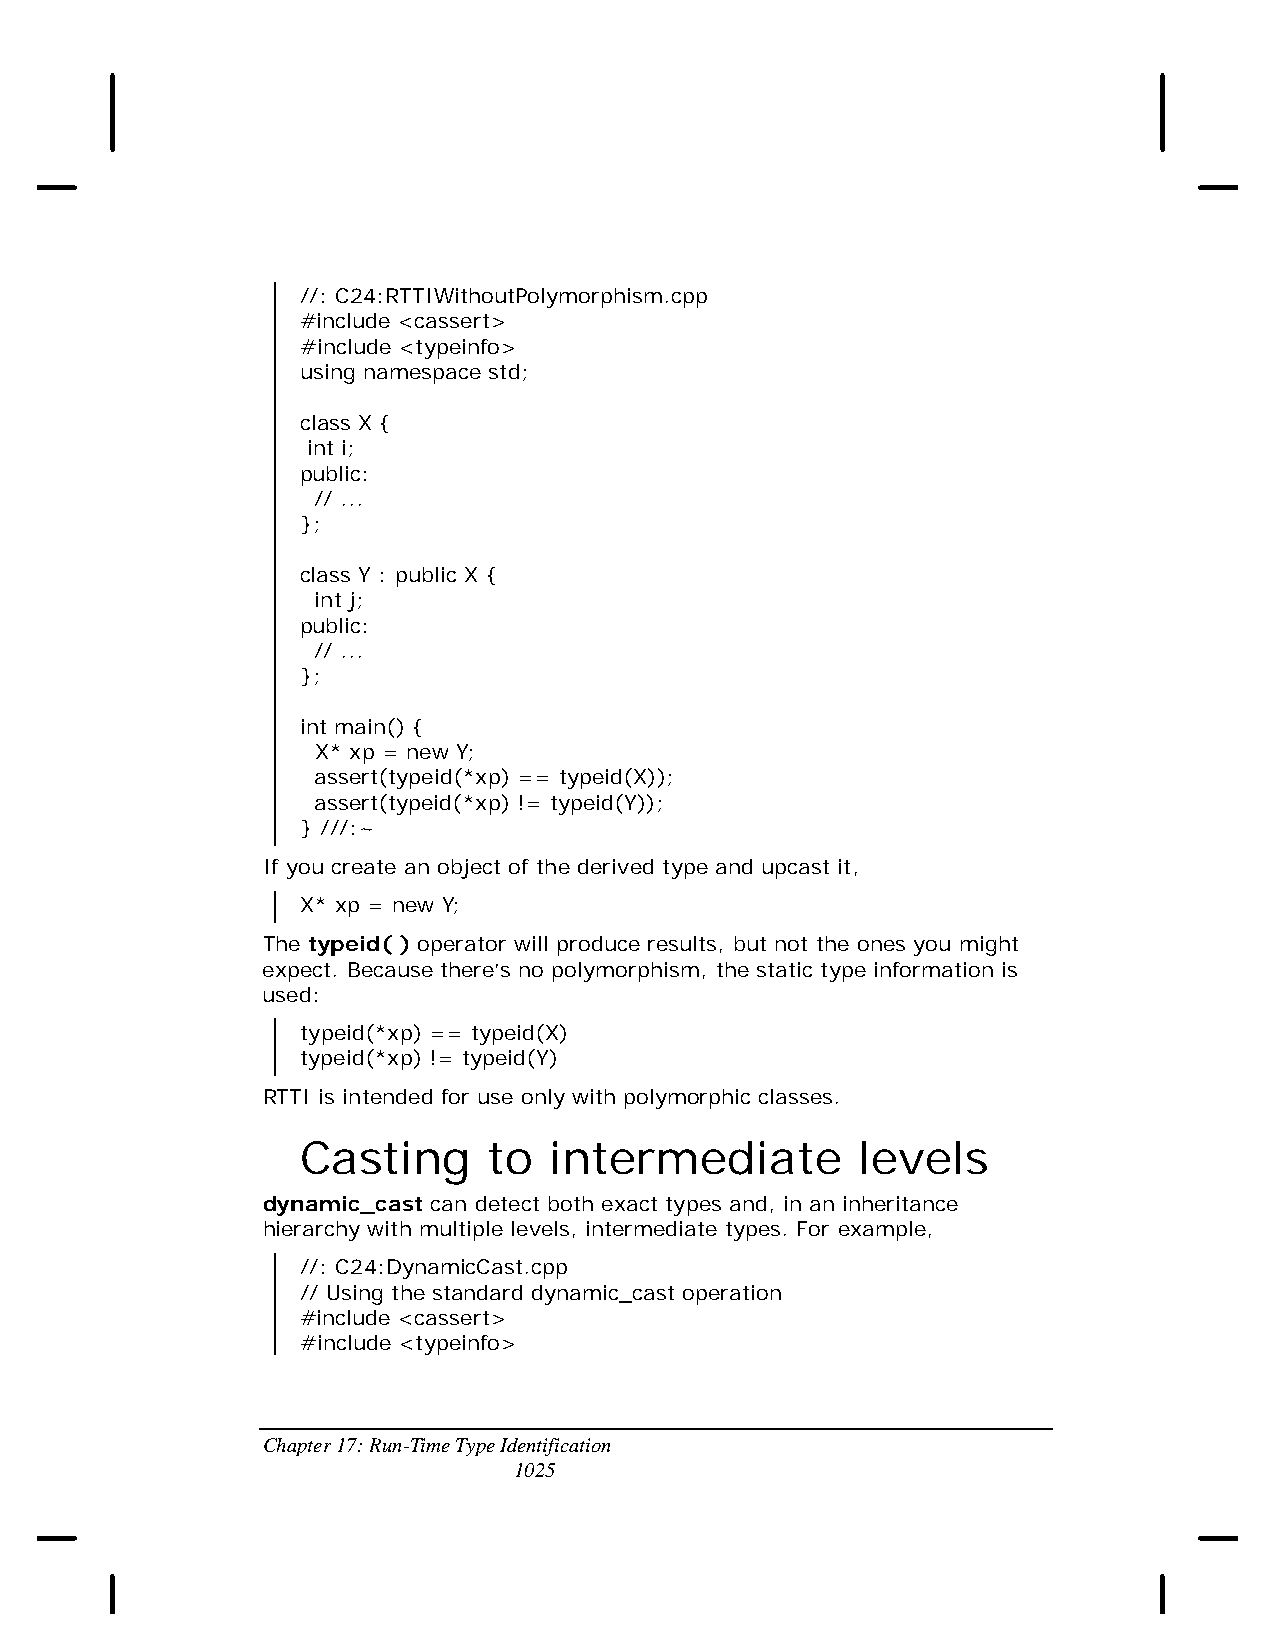
//: C24:RTTIWithoutPolymorphism.cpp
 #include <cassert>
 #include <typeinfo>
 using namespace std;
 class X {
 int i;
 public:
 // ...
 };
 class Y : public X {
 int j;
 public:
 // ...
 };
 int main() {
 X* xp = new Y;
 assert(typeid(*xp) == typeid(X));
 assert(typeid(*xp) != typeid(Y));
 } ///:~
 If you create an object of the derived type and upcast it,
 X* xp = new Y;
 The typeid( ) operator will produce results, but not the ones you might
 expect. Because there’s no polymorphism, the static type information is
 used:
 typeid(*xp) == typeid(X)
 typeid(*xp) != typeid(Y)
 RTTI is intended for use only with polymorphic classes.
 Casting     to  intermediate         levels
 dynamic_cast can detect both exact types and, in an inheritance
 hierarchy with multiple levels, intermediate types. For example,
 //: C24:DynamicCast.cpp
 // Using the standard dynamic_cast operation
 #include <cassert>
 #include <typeinfo>
 Chapter 17: Run-Time Type Identification
 1025